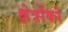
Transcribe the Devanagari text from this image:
क्षेत्रोंको